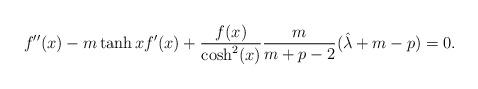
LaTeX: \begin{align*}f''(x)-m\tanh x f'(x)+\frac{f(x)}{\cosh^2(x)}\frac{m}{m+p-2}(\hat{\lambda}+m-p)=0.\end{align*}